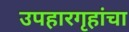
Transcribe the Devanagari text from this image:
उपहारगृहांचा